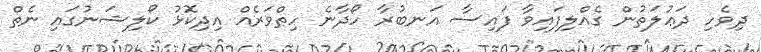
ދިވެހި ދަޢުލަތުން ގެއްލިފައިވާ ފައިސާ އަނބުރާ ހޯދާނެ ހިތްވަރެއް އިދިކޮޅު ކޯލިޝަނުގައި ނެތް